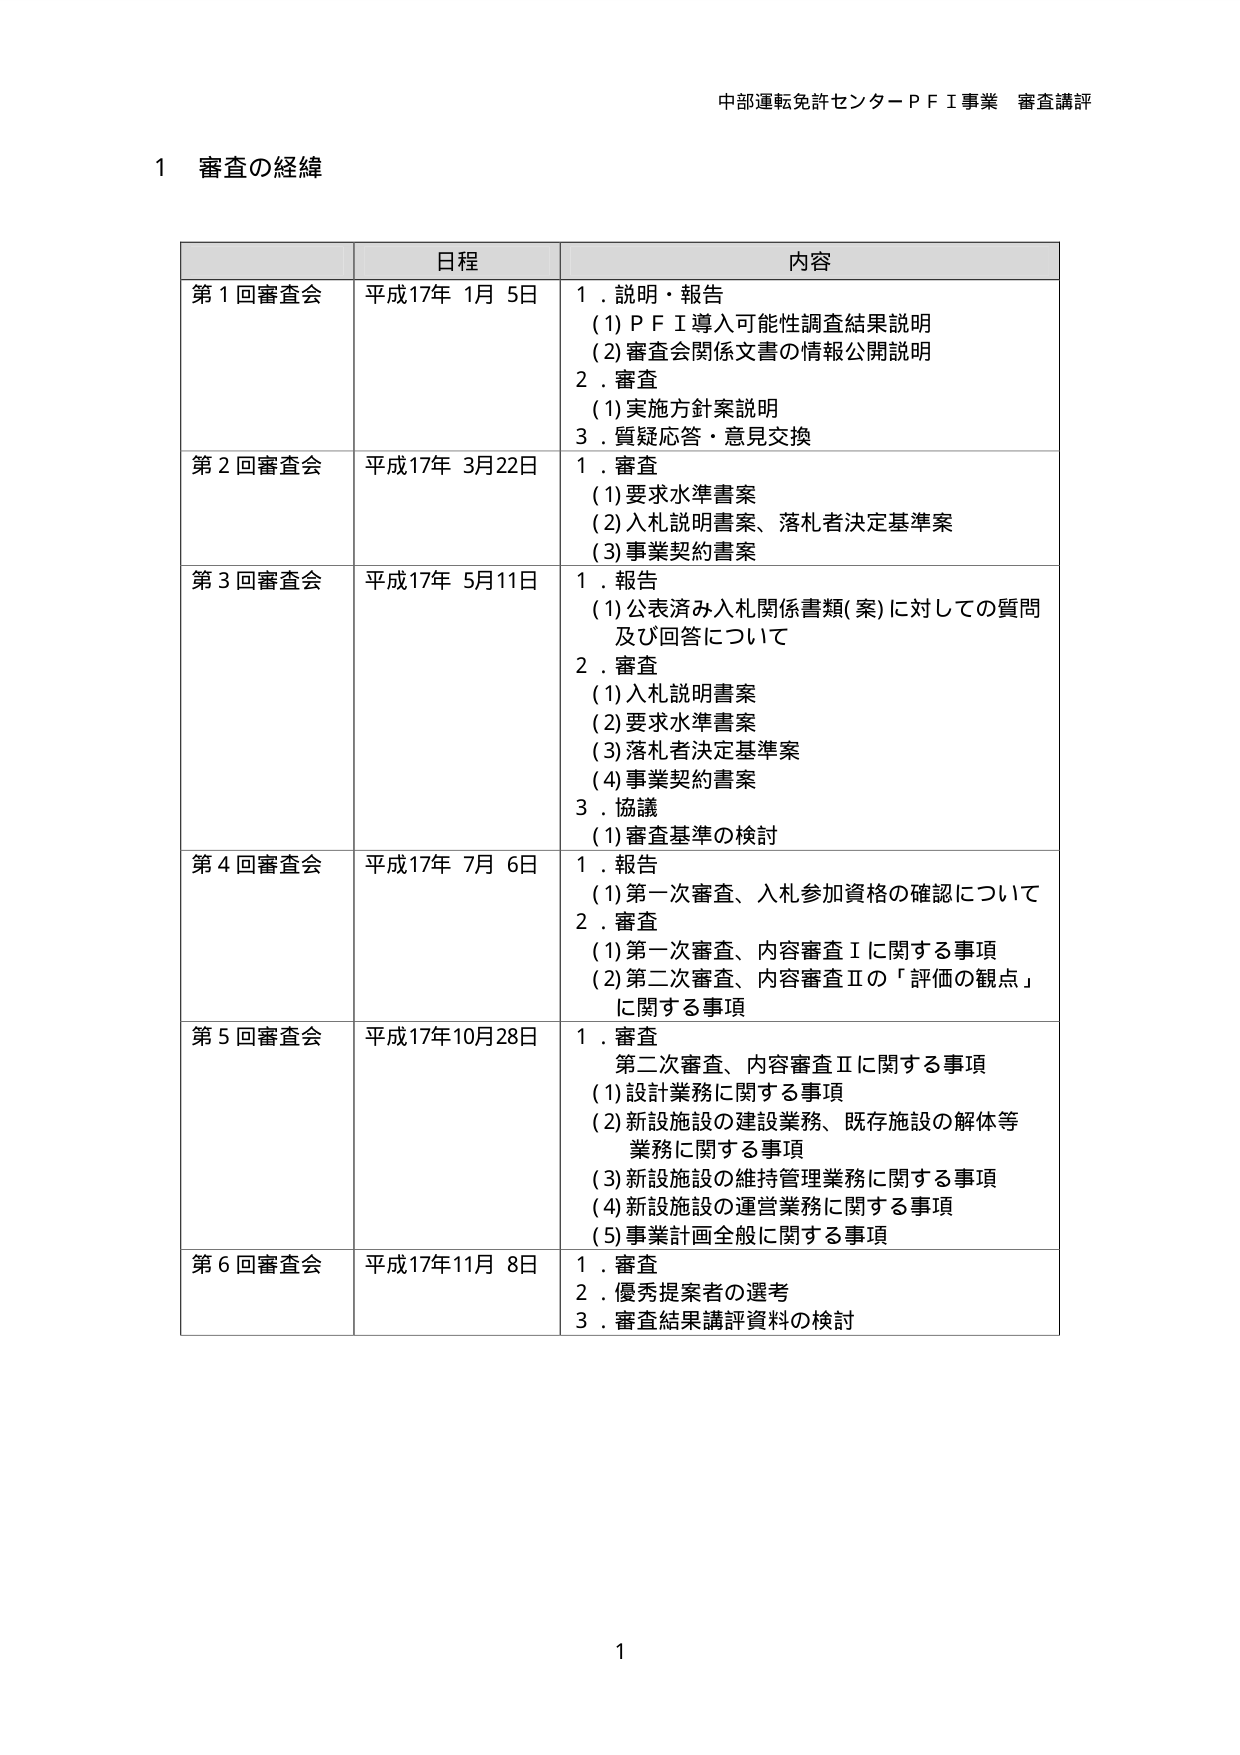
中部運転免許センターＰＦＩ事業 審査講評

1 審査の経緯

日程 内容
第1回審査会 平成17年 1月 5日 1．説明・報告
(1)ＰＦＩ導入可能性調査結果説明
(2)審査会関係文書の情報公開説明
2．審査
(1)実施方針案説明
3．質疑応答・意見交換
第2回審査会 平成17年 3月22日 1．審査
(1)要求水準書案
(2)入札説明書案、落札者決定基準案
(3)事業契約書案
第3回審査会 平成17年 5月11日 1．報告
(1)公表済み入札関係書類(案)に対しての質問
及び回答について
2．審査
(1)入札説明書案
(2)要求水準書案
(3)落札者決定基準案
(4)事業契約書案
3．協議
(1)審査基準の検討
第4回審査会 平成17年 7月 6日 1．報告
(1)第一次審査、入札参加資格の確認について
2．審査
(1)第一次審査、内容審査Ⅰに関する事項
(2)第二次審査、内容審査Ⅱの「評価の観点」
に関する事項
第5回審査会 平成17年10月28日 1．審査
第二次審査、内容審査Ⅱに関する事項
(1)設計業務に関する事項
(2)新設施設の建設業務、既存施設の解体等
業務に関する事項
(3)新設施設の維持管理業務に関する事項
(4)新設施設の運営業務に関する事項
(5)事業計画全般に関する事項
第6回審査会 平成17年11月 8日 1．審査
2．優秀提案者の選考
3．審査結果講評資料の検討

1